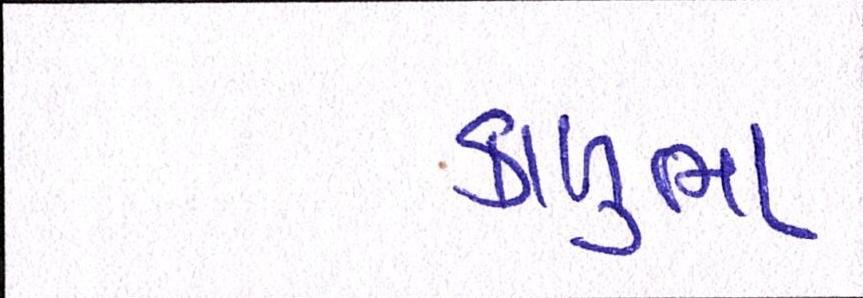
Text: કાળુભા